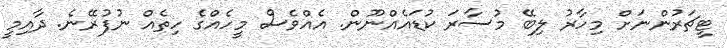
ޓީޗަރުންނަށް މިހާރު ލިބޭ މުސާރަ ކުޑައެއްނޫން. އެއްވެސް މީހެއްގެ ހިތެއް ނުފުރޭނެ. ދާއިމީ